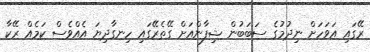
ރޭގައި އަވަހަށް ނިދުމުގެ ސަބަބުން ޝިފާންއަށް ގޭތެރޭގައި ހިނގާދިޔަ އެއްވެސް ކަމެއް ރޭކާ